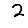
Digit: 2